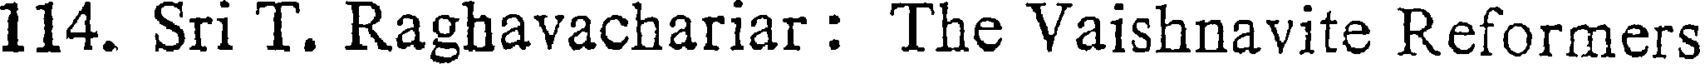
114. Sri T. Raghavachariar : The Vaishnavite Reformers